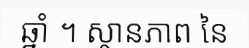
ឆ្នាំ ។ ស្ថានភាព នៃ